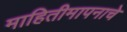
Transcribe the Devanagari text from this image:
माहितीमापनाचे